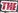
THE